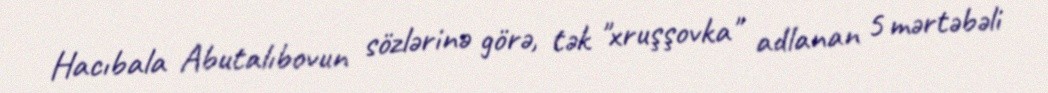
Hacıbala Abutalıbovun sözlərinə görə, tək "xruşşovka" adlanan 5 mərtəbəli